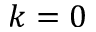
k = 0